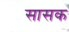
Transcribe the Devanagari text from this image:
सासक